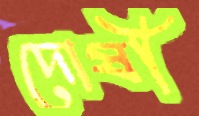
দোষী